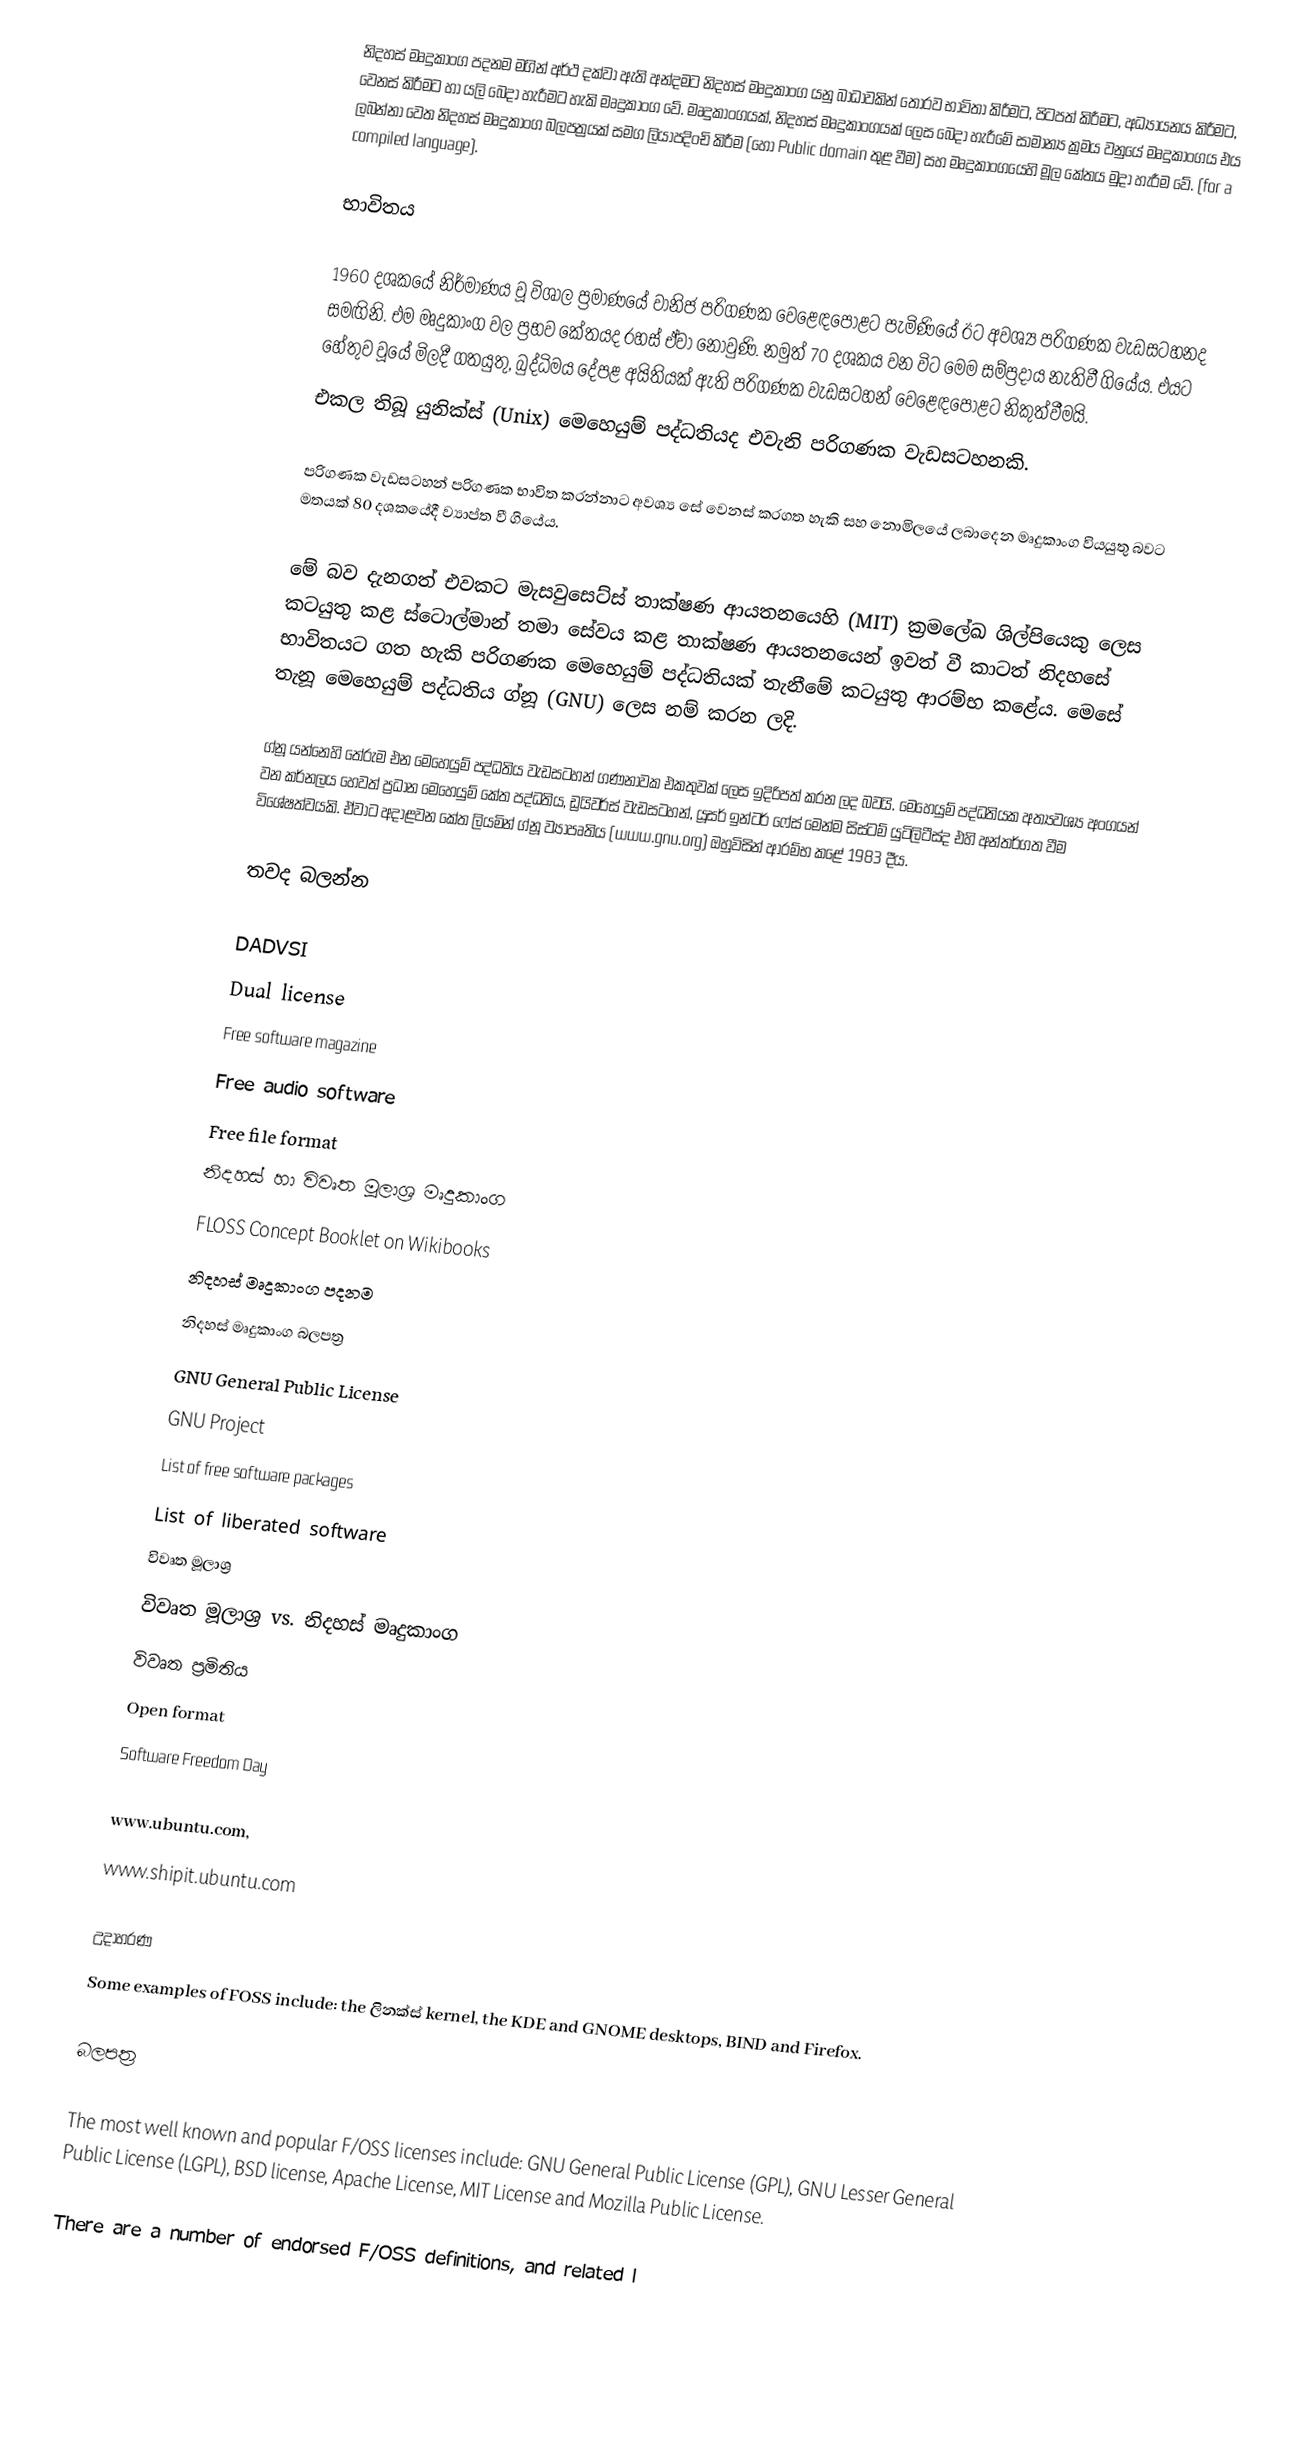
නිදහස් මෘදුකාංග පදනම මගින් අර්ථ දක්වා ඇති අන්දමට නිදහස් මෘදුකාංග යනු බාධාවකින් තොරව භාවිතා කිරීමට, පිටපත් කිරීමට, අධ්‍යායනය කිරීමට, වෙනස් කිරීමට හා යලි බෙදා හැරීමට හැකි මෘදුකාංග  වේ. මෘදුකාංගයක්, නිදහස් මෘදුකාංගයක් ලෙස බෙදා හැරීමේ සාමාන්‍ය ක්‍රමය වනුයේ මෘදුකාංගය එය ලබන්නා වෙත නිදහස් මෘදුකාංග බලපත්‍රයක් සමග ලියාපදිංචි කිරීම (හෝ Public domain තුළ වීම) සහ මෘදුකාංගයෙහි මූල කේතය මුදා හැරීම වේ. (for a compiled language).

භාවිතය

1960 දශකයේ නිර්මාණය වූ විශාල ප්‍රමාණයේ වානිජ පරිගණක වෙළෙඳපොළට පැමිණියේ ඊට අවශ්‍ය පරිගණක වැඩසටහනද සමඟිනි. එම මෘදුකාංග වල ප්‍රභව කේතයද රහස් ඒවා නොවුණි. නමුත් 70 දශකය වන විට මෙම සම්ප්‍රදාය නැතිවී ගියේය. එයට හේතුව වූයේ මිලදී ගතයුතු, බුද්ධිමය දේපළ අයිතියක් ඇති පරිගණක  වැඩසටහන් වෙළෙඳපොළට නිකුත්වීමයි.
එකල තිබූ යුනික්ස් (Unix) මෙහෙයුම් පද්ධතියද එවැනි පරිගණක වැඩසටහනකි.

පරිගණක වැඩසටහන් පරිගණක භාවිත කරන්නාට අවශ්‍ය සේ වෙනස් කරගත හැකි සහ නොමිලයේ ලබාදෙන මෘදුකාංග වියයුතු බවට මතයක් 80 දශකයේදී ව්‍යාප්ත වී ගියේය.

මේ බව දැනගත් එවකට මැසවුසෙට්ස් තාක්ෂණ ආයතනයෙහි (MIT) ක්‍රමලේඛ ශිල්පියෙකු ලෙස කටයුතු කළ ස්ටොල්මාන් තමා සේවය කළ තාක්ෂණ ආයතනයෙන් ඉවත් වී කාටත් නිදහසේ භාවිතයට ගත හැකි පරිගණක මෙහෙයුම් පද්ධතියක් තැනීමේ කටයුතු ආරම්භ කළේය. මෙසේ තැනූ මෙහෙයුම් පද්ධතිය ග්නූ (GNU) ලෙස නම් කරන ලදි.

ග්නූ යන්නෙහි තේරුම එන මෙහෙයුම් පද්ධතිය වැඩසටහන් ගණනාවක එකතුවක් ලෙස ඉදිරිපත් කරන ලද බවයි. මෙහෙයුම් පද්ධතියක අත්‍යවශ්‍ය අංගයන් වන කර්නලය හෙවත් ප්‍රධාන මෙහෙයුම් කේත පද්ධතිය, ඩ්‍රයිවර්ස් වැඩසටහන්, යූසර් ඉන්ටර් ෆේස් මෙන්ම සිස්ටම් යුටිලිටීස්ද එහි අන්තර්ගත වීම විශේෂත්වයකි. ඒවාට අදාළවන කේත ලියමින් ග්නූ ව්‍යාපෘතිය (www.gnu.org) ඔහුවිසින් ආරම්භ කළේ 1983 දීය.

තවද බලන්න

 DADVSI
 Dual license
 Free software magazine
 Free audio software
 Free file format
 නිදහස් හා විවෘත මූලාශ්‍ර මෘදුකාංග
 FLOSS Concept Booklet on Wikibooks
 නිදහස් මෘදුකාංග පදනම
 නිදහස් මෘදුකාංග බලපත්‍ර
 GNU General Public License
 GNU Project
 List of free software packages
 List of liberated software
 විවෘත මූලාශ්‍ර
 විවෘත මූලාශ්‍ර vs. නිදහස් මෘදුකාංග
 විවෘත ප්‍රමිතිය
 Open format
 Software Freedom Day

www.ubuntu.com,
www.shipit.ubuntu.com

උදාහරණ
Some examples of FOSS include: the ලිනක්ස් kernel, the KDE and GNOME desktops, BIND and Firefox.

බලපත්‍ර

The most well known and popular F/OSS licenses include: GNU General Public License (GPL), GNU Lesser General Public License (LGPL), BSD license, Apache License, MIT License and Mozilla Public License.

There are a number of endorsed F/OSS definitions, and related l